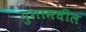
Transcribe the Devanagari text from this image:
युगामधील